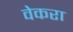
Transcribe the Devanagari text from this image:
वेकरा